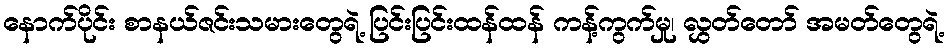
နောက်ပိုင်း စာနယ်ဇင်းသမားတွေရဲ့ ပြင်းပြင်းထန်ထန် ကန့်ကွက်မှု၊ လွှတ်တော် အမတ်တွေရဲ့